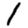
Digit: 1